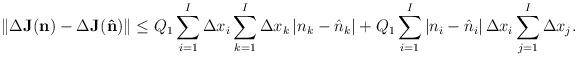
LaTeX: \begin{align*}\|\Delta {\bf{J}}^{}({\bf{n}})-\Delta {\bf{J}}^{}({\bf{\hat{n}}})\|& \leq {Q}_1 \sum_{i=1}^I \Delta x_i \sum_{k=1}^{I} \Delta x_k \left|n_k-\hat{n}_k\right| + {Q}_1 \sum_{i=1}^I \left|n_i-\hat{n}_i\right| \Delta x_i \sum_{j=1}^{I} \Delta x_j.\end{align*}